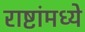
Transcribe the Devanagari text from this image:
राष्टांमध्ये